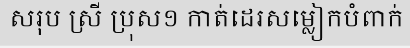
សរុប ស្រី ប្រុស១ កាត់ដេរសម្លៀកបំពាក់